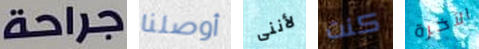
جراحة أوصلنا لأننى كنت الآخرة